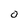
Character: O